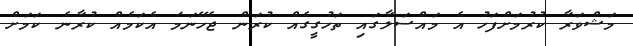
މަޝްވަރާ ކުރުމަށްފަހު އެ މައްސަލާގައި ތަހުގީގެއް ކުރަން ޖެހޭނަމަ އެކަމެއް ކުރާނެ ކަމަށް